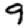
Digit: 9